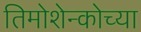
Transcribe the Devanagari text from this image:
तिमोशेन्कोच्या